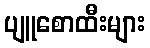
ပျူစောထီးများ